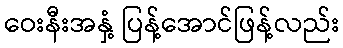
ဝေးနီးအနှံ့ ပြန့်အောင်ဖြန့်လည်း